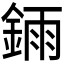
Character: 𫒧